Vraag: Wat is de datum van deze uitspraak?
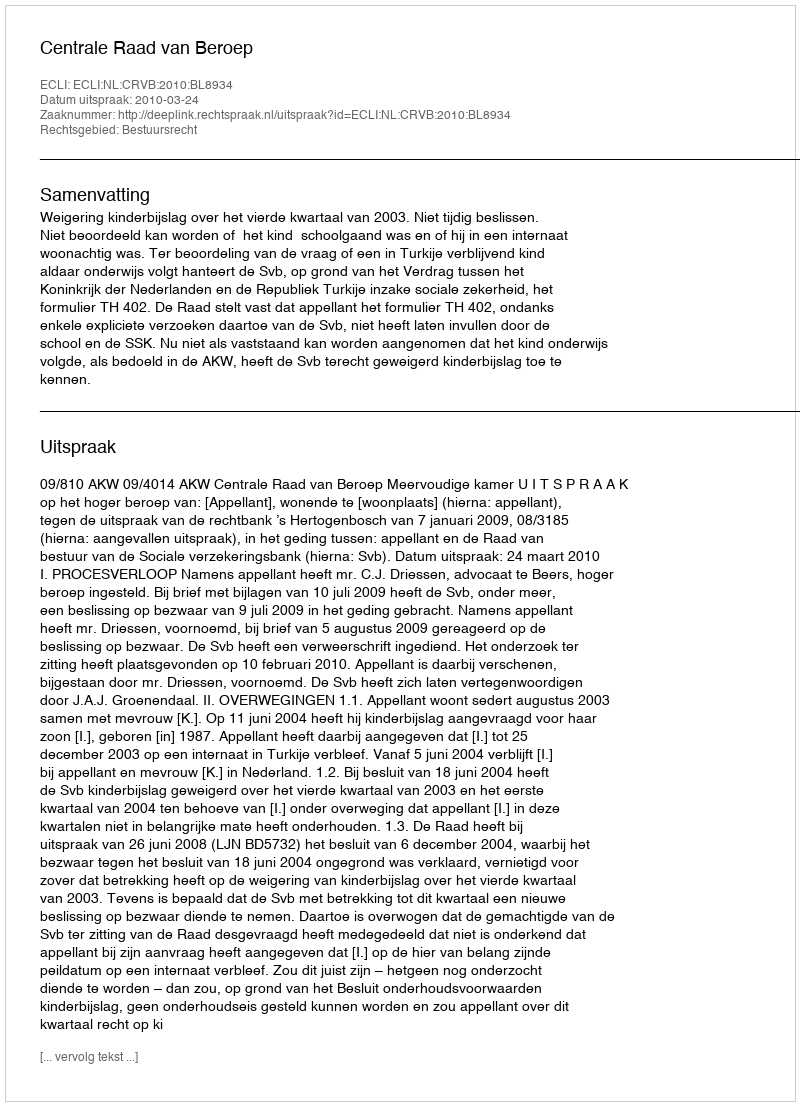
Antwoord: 2010-03-24